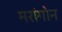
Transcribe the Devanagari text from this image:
मरांगोन